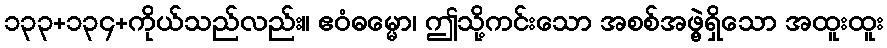
၁၃၃+၁၃၄+ကိုယ်သည်လည်း။ ဧဝံဓမ္မော၊ ဤသို့ကင်းသော အစစ်အဖွဲ့ရှိသော အထူးထူး